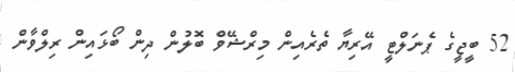
52 ބީޖީގެ ޕެނަލްޓީ އޭރިޔާ ތެރެއިން މިރްޝޭވް ބޮލުން ދިން ބޯޅައިން ރިލްވާން